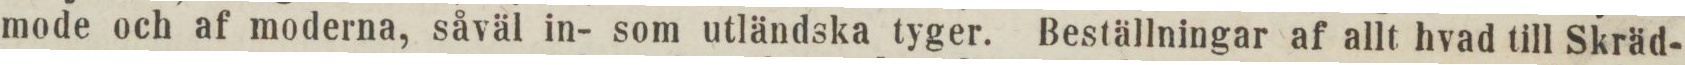
mode och af moderna, såväl in- som utländska tyger. Beställningar af allt hvad till Skräd-